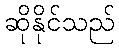
ဆိုနိုင်သည်